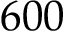
6 0 0